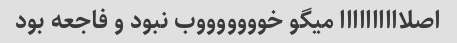
اصلاااااااااا میگو خوووووووب نبود و فاجعه بود